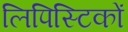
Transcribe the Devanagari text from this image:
लिपिस्टिकों